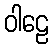
ဝါဠေ